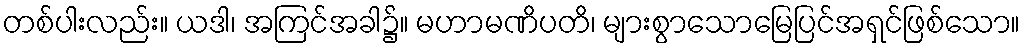
တစ်ပါးလည်း။ ယဒါ၊ အကြင်အခါ၌။ မဟာမဏိပတိ၊ များစွာသောမြေပြင်အရှင်ဖြစ်သော။